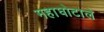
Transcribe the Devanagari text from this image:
महाघोटाले